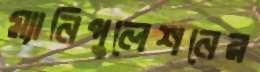
ম্যানিপুলেশনের